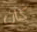
كان